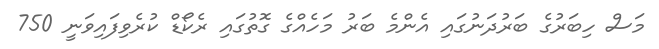
މަސް ހިބަރުގެ ބަރުދަނުގައި އެންމެ ބަރު މަހެއްގެ ގޮތުގައި ރެކޯޑް ކުރެވިފައިވަނީ 750